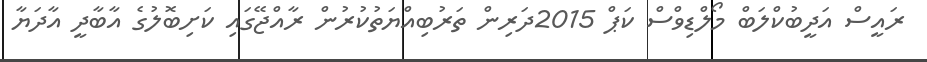
ރައީސް އަދީބުކްލަބް މޯލްޑިވްސް ކަޕް 2015ދަރިން ތަރުބިއްޔަތުކުރުން ރާއްޖޭގައި ކަށިބޮލުގެ އާބާދީ އާދަޔާ